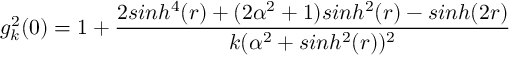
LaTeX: g _ { k } ^ { 2 } ( 0 ) = 1 + \frac { 2 s i n h ^ { 4 } ( r ) + ( 2 \alpha ^ { 2 } + 1 ) s i n h ^ { 2 } ( r ) - s i n h ( 2 r ) } { k ( \alpha ^ { 2 } + s i n h ^ { 2 } ( r ) ) ^ { 2 } }